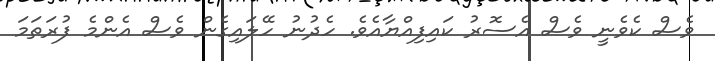
ވެސް ކެވެނީ ވެސް އެސޮރު ކައިފިއްޔާއެވެ. ހެދުނު ހޭލައިގެން ވެސް އެންމެ ފުރަތަމަ